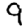
Digit: 9